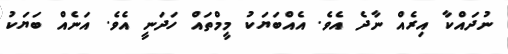
ނުދައްކާ އިރެއް ނާދެ އެވެ. އެއްބަޔަކު މީމްތައް ހަދަނީ އެވެ. އަނެއް ބަޔަކު